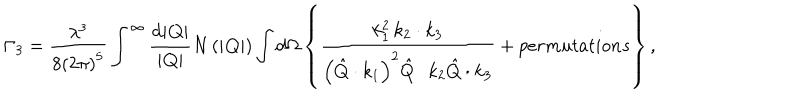
\Gamma _ { 3 } = \frac { \lambda ^ { 3 } } { 8 \left( 2 \pi \right) ^ { 5 } } \int ^ { \infty } \frac { \mathrm { d } | { \bf Q } | } { | { \bf Q } | } N \left( | { \bf Q } | \right) \int \mathrm { d } \Omega \left\{ \frac { k _ { 1 } ^ { 2 } \, k _ { 2 } \cdot k _ { 3 } } { \left( \hat { Q } \cdot k _ { 1 } \right) ^ { 2 } \hat { Q } \cdot k _ { 2 } \hat { Q } \cdot k _ { 3 } } + p e r m u t a t i o n s \right\} ,